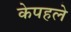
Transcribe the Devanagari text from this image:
केपहले